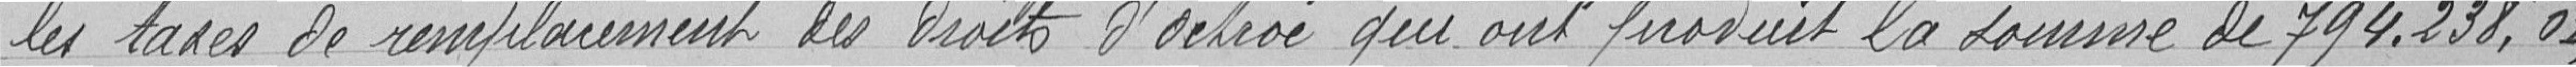
les taxes de remplacement des droits d'octroi qui ont produit la somme de 794.238,01.